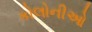
કોલોનીઓ